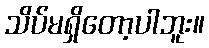
သိပ်မရှိတော့ပါဘူး။